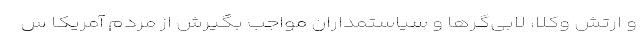
و ارتش وکلا، لابی‌گرها و سیاستمداران مواجب بگیرش از مردم آمریکا س